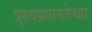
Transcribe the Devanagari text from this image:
पुरुषप्रधानतेच्या